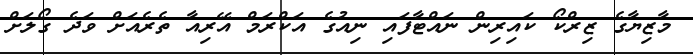
މާޒިޔާގެ ޒިރްކޯ ކައިރިން ނައްޓާފައި ނިއުގެ އަކްރަމް އޭރިއާ ތެރެއަށް ވަދެ ގޯލަށް